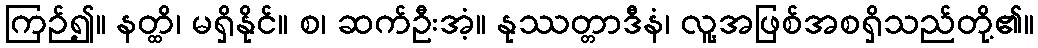
ကြဉ်၍။ နတ္ထိ၊ မရှိနိုင်။ စ၊ ဆက်ဦးအံ့။ နုဿတ္တာဒီနံ၊ လူ့အဖြစ်အစရှိသည်တို့၏။